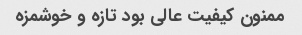
ممنون کیفیت عالی بود تازه و خوشمزه